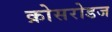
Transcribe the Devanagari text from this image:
क्रोसरोडज